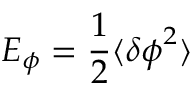
E _ { \phi } = \frac { 1 } { 2 } \langle \delta \boldsymbol { \phi } ^ { 2 } \rangle